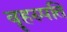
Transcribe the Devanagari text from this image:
बॄहस्पति